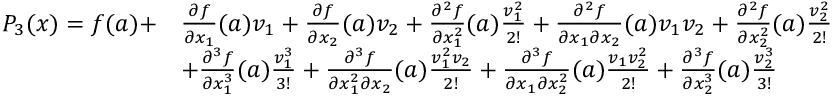
{ \begin{array} { r l } { P _ { 3 } ( { \boldsymbol { x } } ) = f ( { \boldsymbol { a } } ) + } & { { \frac { \partial f } { \partial x _ { 1 } } } ( { \boldsymbol { a } } ) v _ { 1 } + { \frac { \partial f } { \partial x _ { 2 } } } ( { \boldsymbol { a } } ) v _ { 2 } + { \frac { \partial ^ { 2 } f } { \partial x _ { 1 } ^ { 2 } } } ( { \boldsymbol { a } } ) { \frac { v _ { 1 } ^ { 2 } } { 2 ! } } + { \frac { \partial ^ { 2 } f } { \partial x _ { 1 } \partial x _ { 2 } } } ( { \boldsymbol { a } } ) v _ { 1 } v _ { 2 } + { \frac { \partial ^ { 2 } f } { \partial x _ { 2 } ^ { 2 } } } ( { \boldsymbol { a } } ) { \frac { v _ { 2 } ^ { 2 } } { 2 ! } } } \\ & { + { \frac { \partial ^ { 3 } f } { \partial x _ { 1 } ^ { 3 } } } ( { \boldsymbol { a } } ) { \frac { v _ { 1 } ^ { 3 } } { 3 ! } } + { \frac { \partial ^ { 3 } f } { \partial x _ { 1 } ^ { 2 } \partial x _ { 2 } } } ( { \boldsymbol { a } } ) { \frac { v _ { 1 } ^ { 2 } v _ { 2 } } { 2 ! } } + { \frac { \partial ^ { 3 } f } { \partial x _ { 1 } \partial x _ { 2 } ^ { 2 } } } ( { \boldsymbol { a } } ) { \frac { v _ { 1 } v _ { 2 } ^ { 2 } } { 2 ! } } + { \frac { \partial ^ { 3 } f } { \partial x _ { 2 } ^ { 3 } } } ( { \boldsymbol { a } } ) { \frac { v _ { 2 } ^ { 3 } } { 3 ! } } } \end{array} }